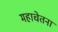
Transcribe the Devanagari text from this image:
महाचेतना